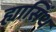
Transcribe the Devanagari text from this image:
ह्यासिंथ